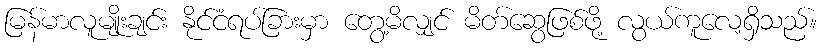
မြန်မာလူမျိုးချင်း နိုင်ငံရပ်ခြားမှာ တွေ့မိလျှင် မိတ်ဆွေဖြစ်ဖို့ လွယ်ကူလေ့ရှိသည်။